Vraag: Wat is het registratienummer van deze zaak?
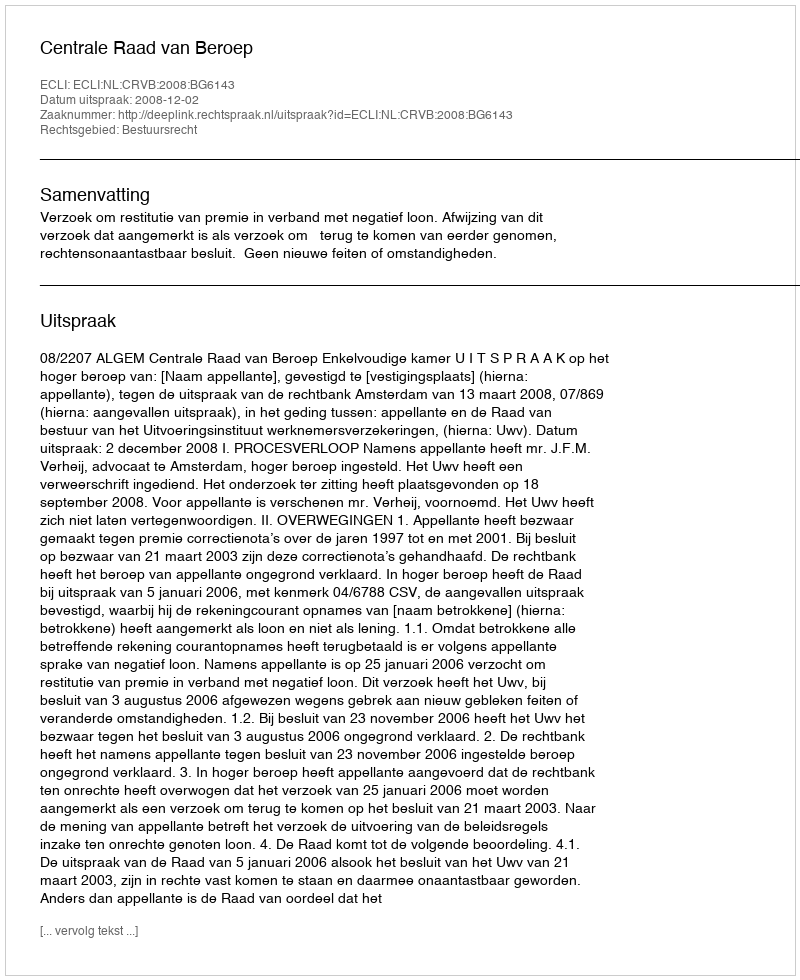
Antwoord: http://deeplink.rechtspraak.nl/uitspraak?id=ECLI:NL:CRVB:2008:BG6143